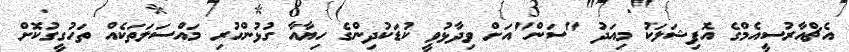
އެޗްއާރުސީއެމްގެ އޮފިޝަލަކު މިއަދު "ސަން"އަށް ވިދާޅުވީ ކުޑަކުދިންގެ ހިޔާއާ ގުޅުންހުރި މައްސަލަތަކެއް ތަހުގީގުކޮށް